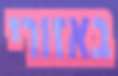
באזורי